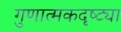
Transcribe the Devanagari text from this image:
गुणात्मकदृष्ट्या